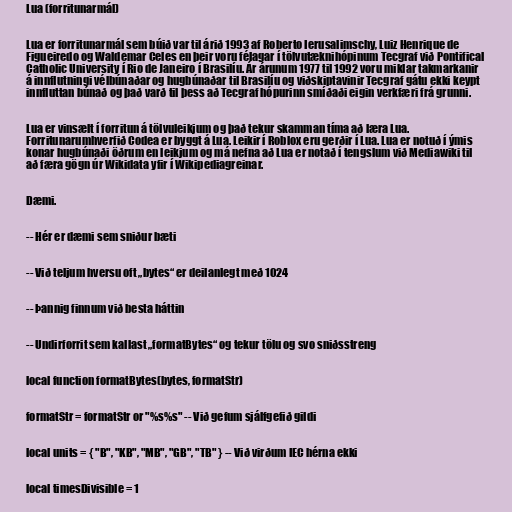
Lua (forritunarmál)

Lua er forritunarmál sem búið var til árið 1993 af Roberto Ierusalimschy, Luiz Henrique de
Figueiredo og Waldemar Celes en þeir voru félagar í tölvutæknihópinum Tecgraf við Pontifical
Catholic University í Rio de Janeiro í Brasilíu. Ár árunum 1977 til 1992 voru miklar takmarkanir
á innflutningi vélbúnaðar og hugbúnaðar til Brasilíu og viðskiptavinir Tecgraf gátu ekki keypt
innfluttan búnað og það varð til þess að Tecgraf hópurinn smíðaði eigin verkfæri frá grunni.

Lua er vinsælt í forritun á tölvuleikjum og það tekur skamman tíma að læra Lua.
Forritunarumhverfið Codea er byggt á Lua. Leikir í Roblox eru gerðir í Lua. Lua er notuð í ýmis
konar hugbúnaði öðrum en leikjum og má nefna að Lua er notað í tengslum við Mediawiki til
að færa gögn úr Wikidata yfir í Wikipediagreinar.

Dæmi.

-- Hér er dæmi sem sniður bæti

-- Við teljum hversu oft „bytes“ er deilanlegt með 1024

-- Þannig finnum við besta háttin

-- Undirforrit sem kallast „formatBytes“ og tekur tölu og svo sniðsstreng

local function formatBytes(bytes, formatStr)

formatStr = formatStr or "%s%s" -- Við gefum sjálfgefið gildi

local units = { "B", "KB", "MB", "GB", "TB" } -- Við virðum IEC hérna ekki

local timesDivisible = 1